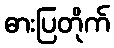
ဓားပြတိုက်